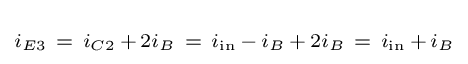
\scriptstyle i_{E3}~=~i_{C2}\,+\,2i_{B}~=~i_{\text{in}}\,-\,i_{B}\,+\,2i_{B}~=~i_{\text{in}}\,+\,i_{B}